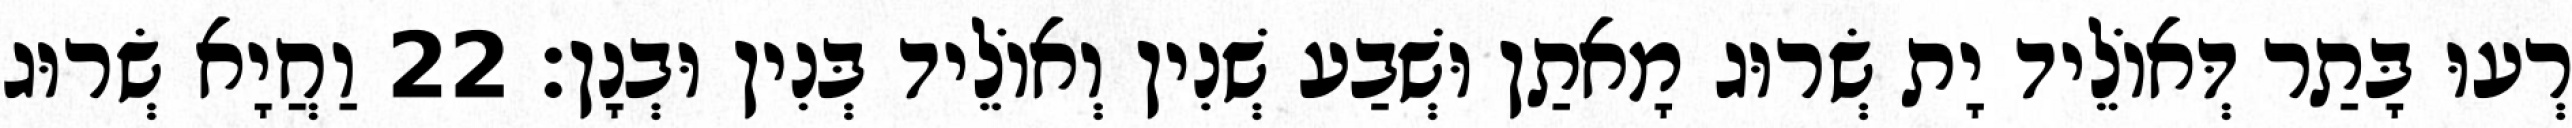
רְעוּ בָּתַר דְּאוֹלֵיד יָת שְׂרוּג מָאתַן וּשְׁבַע שְׁנִין וְאוֹלֵיד בְּנִין וּבְנָן׃ 22 וַחֲיָא שְׂרוּג